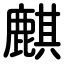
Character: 麒